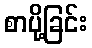
စာပို့ခြင်း